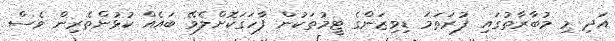
އަދި މި މުބާރާތުގައި ފުރަތަމަ ޑިވިޒަންގެ ޓީމުތަކުން ފާހަގަކޮށްލެވޭ ބައެއް ކުޅުންތެރިން ވެސް